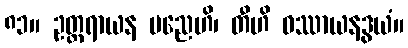
၈၁။ ဥတ္တရာယန မညေဟိ၊ တီဟိ ဝဿာယနဒွယံ။